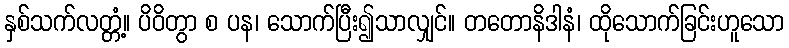
နှစ်သက်လတ္တံ့။ ပိဝိတွာ စ ပန၊ သောက်ပြီး၍သာလျှင်။ တတောနိဒါနံ၊ ထိုသောက်ခြင်းဟူသော